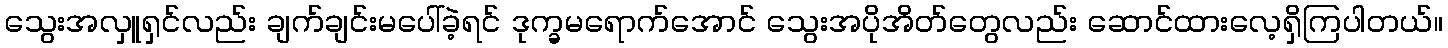
သွေးအလှူရှင်လည်း ချက်ချင်းမပေါ်ခဲ့ရင် ဒုက္ခမရောက်အောင် သွေးအပိုအိတ်တွေလည်း ဆောင်ထားလေ့ရှိကြပါတယ်။